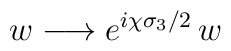
w \longrightarrow  e^{i\chi \sigma_3/2} \, w